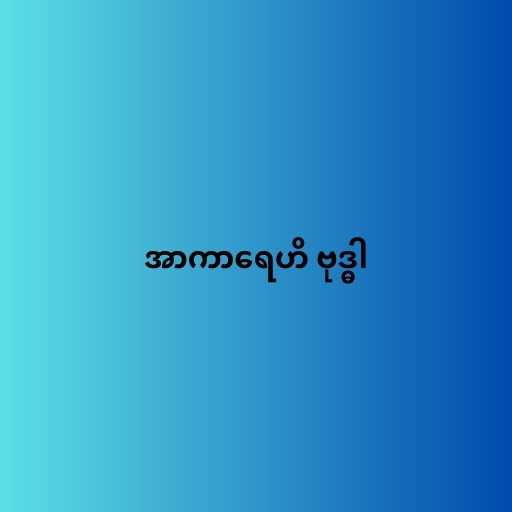
အာကာရေဟိ ဗုဒ္ဓါ